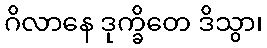
ဂိလာနေ ဒုက္ခိတေ ဒိသွာ၊